Report on vaccination in the Province of Bengal - 1869-1873
Year: 1869
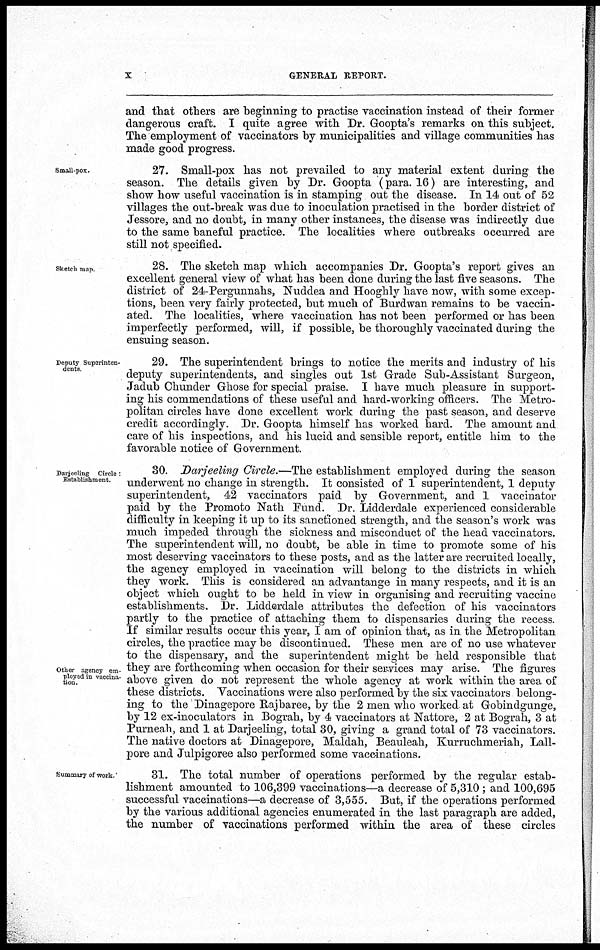
x
GENERAL REPORT.
and that others are beginning to practise vaccination instead of their former
dangerous craft. I quite agree with Dr. Goopta's remarks on this subject.
The employment of vaccinators by municipalities and village communities has
made good progress.
Small-pox.
27. Small-pox has not prevailed to any material extent during the
season. The details given by Dr. Goopta (para. 16) are interesting, and
show how useful vaccination is in stamping out the disease. In 14 out of 52
villages the out-break was due to inoculation practised in the border district of
Jessore, and no doubt, in many other instances, the disease was indirectly due
to the same baneful practice. The localities where outbreaks occurred are
still not specified.
Sketch map.
28. The sketch map which accompanies Dr. Goopta's report gives an
excellent general view of what has been done during the last five seasons. The
district of 24-Pergunnahs, Nuddea and Hooghly have now, with some excep-
tions, been very fairly protected, but much of Burdwan remains to be vaccin-
ated. The localities, where vaccination has not been performed or has been
imperfectly performed, will, if possible, be thoroughly vaccinated during the
ensuing season.
Deputy Superinten-
dents
29. The superintendent brings to notice the merits and industry of his
deputy superintendents, and singles out 1st Grade Sub-Assistant Surgeon,
Jadub Chunder Ghose for special praise. I have much pleasure in support-
ing his commendations of these useful and hard-working officers. The Metro-
politan circles have done excellent work during the past season, and deserve
credit accordingly. Dr. Goopta himself has worked hard. The amount and
care of his inspections, and his lucid and sensible report, entitle him to the
favorable notice of Government.
Darjeeling Circle:
Establishment.
Other agency em-
ployed in vaccina-
tion.
30. Darjeeling Circle.—The establishment employed during the season
underwent no change in strength. It consisted of 1 superintendent, 1 deputy
superintendent, 42 vaccinators paid by Government, and 1 vaccinator
paid by the Promoto Nath Fund. Dr. Lidderdale experienced considerable
difficulty in keeping it up to its sanctioned strength, and the season's work was
much impeded through the sickness and misconduct of the head vaccinators.
The superintendent will, no doubt, be able in time to promote some of his
most deserving vaccinators to these posts, and as the latter are recruited locally,
the agency employed in vaccination will belong to the districts in which
they work. This is considered an advantange in many respects, and it is an
object which ought to be held in view in organising and recruiting vaccine
establishments. Dr. Lidderdale attributes the defection of his vaccinators
partly to the practice of attaching them to dispensaries during the recess.
If similar results occur this year, I am of opinion that, as in the Metropolitan
circles, the practice may be discontinued. These men are of no use whatever
to the dispensary, and the superintendent might be held responsible that
they are forthcoming when occasion for their services may arise. The figures
above given do not represent the whole agency at work within the area of
these districts. Vaccinations were also performed by the six vaccinators belong-
ing to the Dinagepore Rajbaree, by the 2 men who worked at Gobindgunge,
by 12 ex-inoculators in Bograh, by 4 vaccinators at Nattore, 2 at Bograh, 3 at
Purneah, and 1 at Darjeeling, total 30, giving a grand total of 73 vaccinators.
The native doctors at Dinagepore, Maldah, Beauleah, Kurruchmeriah, Lall-
pore and Julpigoree also performed some vaccinations.
Summary of work.
31. The total number of operations performed by the regular estab-
lishment amounted to 106,399 vaccinations—a decrease of 5,310; and 100,695
successful vaccinations—a decrease of 3,555. But, if the operations performed
by the various additional agencies enumerated in the last paragraph are added,
the number of vaccinations performed within the area of these circles